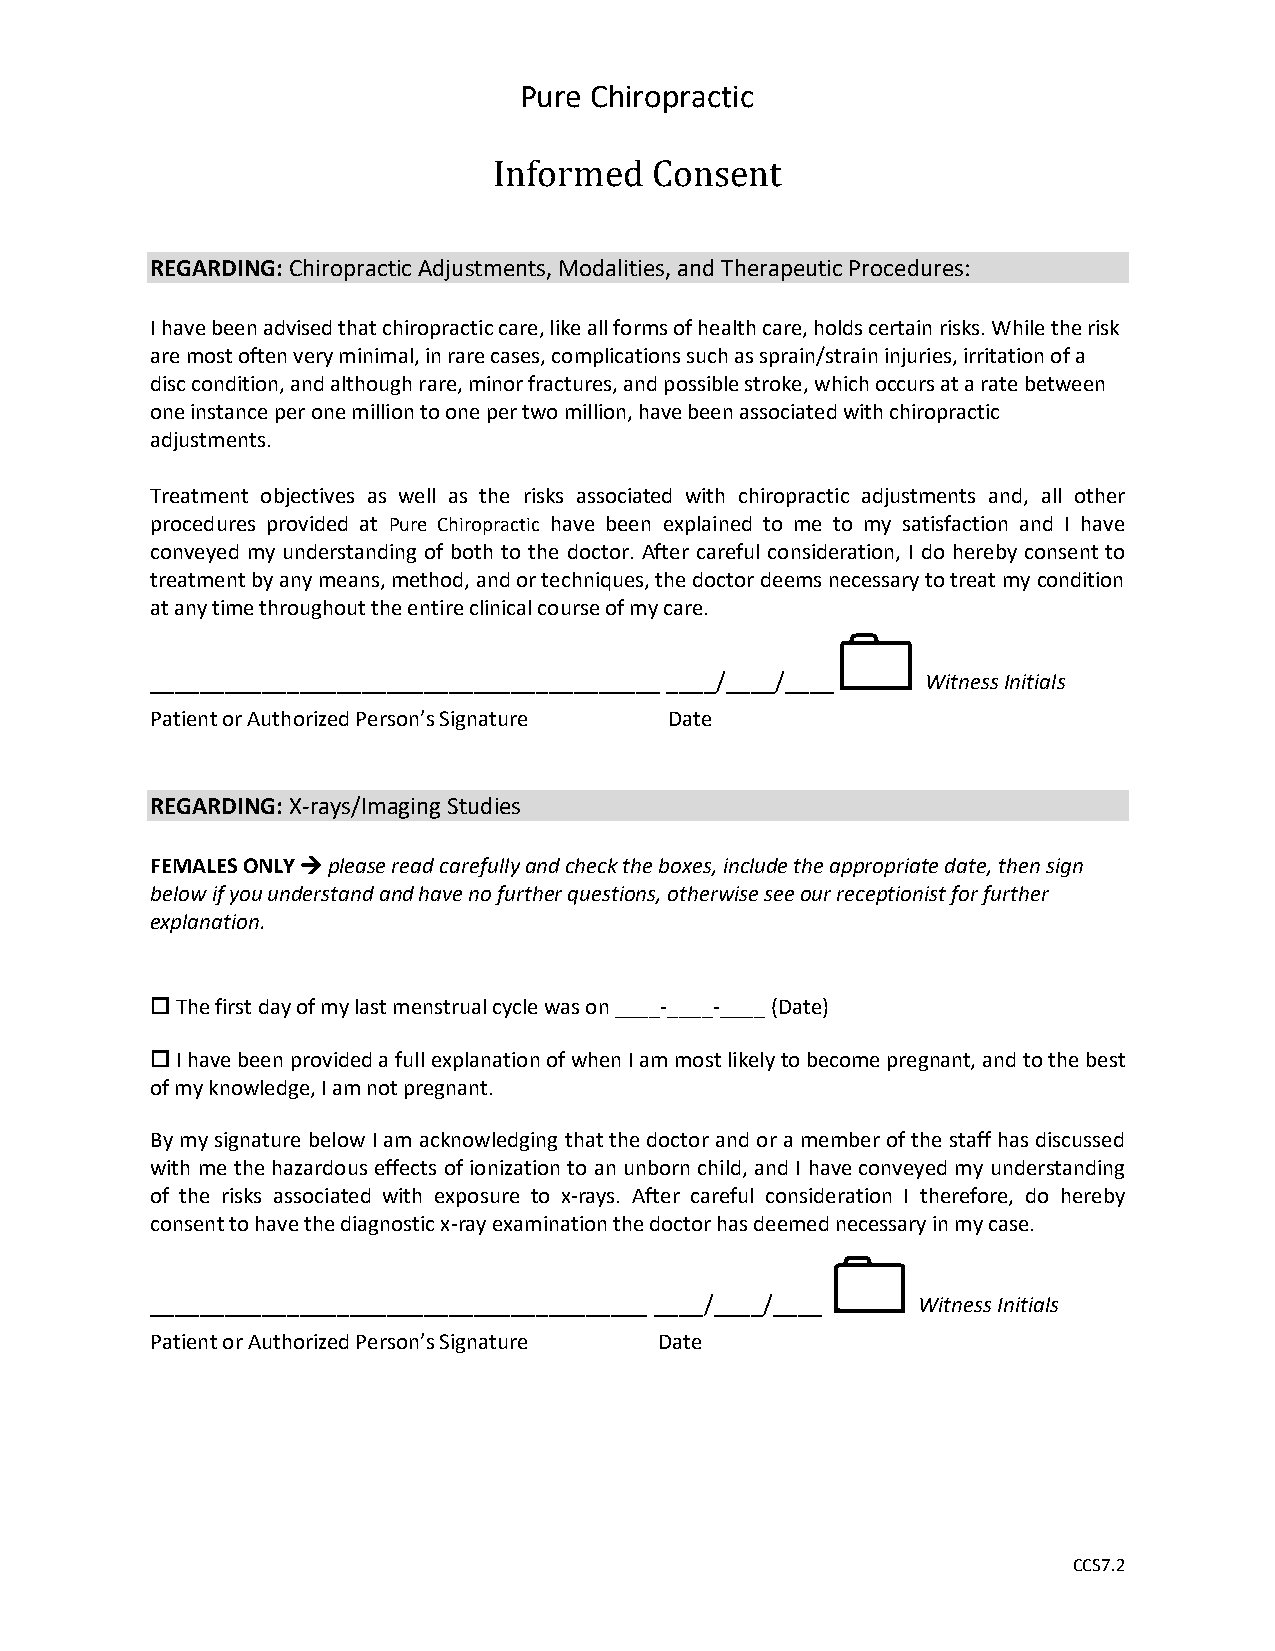
Pure Chiropractic
 Informed  Consent
 REGARDING: Chiropractic Adjustments, Modalities, and Therapeutic Procedures:
 I have been advised that chiropractic care, like all forms of health care, holds certain risks. While the risk
 are most often very minimal, in rare cases, complications such as sprain/strain injuries, irritation of a
 disc condition, and although rare, minor fractures, and possible stroke, which occurs at a rate between
 one instance per one million to one per two million, have been associated with chiropractic
 adjustments.
 Treatment objectives as well as the risks associated with chiropractic adjustments and, all other
 procedures provided at Pure Chiropractic have been explained to me to my satisfaction and I have
 conveyed my understanding of both to the doctor. After careful consideration, I do hereby consent to
 treatment by any means, method, and or techniques, the doctor deems necessary to treat my condition
 at any time throughout the entire clinical course of my care.
 
 _________________________________________ ____/____/____ Witness Initials
 Patient or Authorized Person’s Signature Date
 REGARDING: X-rays/Imaging Studies
 FEMALES ONLY → please read carefully and check the boxes, include the appropriate date, then sign
 below if you understand and have no further questions, otherwise see our receptionist for further
 explanation.
  The first day of my last menstrual cycle was on ____-____-____ (Date)
  I have been provided a full explanation of when I am most likely to become pregnant, and to the best
 of my knowledge, I am not pregnant.
 By my signature below I am acknowledging that the doctor and or a member of the staff has discussed
 with me the hazardous effects of ionization to an unborn child, and I have conveyed my understanding
 of the risks associated with exposure to x-rays. After careful consideration I therefore, do hereby
 consent to have the diagnostic x-ray examination the doctor has deemed necessary in my case.
 
 ________________________________________ ____/____/____ Witness Initials
 Patient or Authorized Person’s Signature Date
 CCS7.2